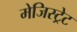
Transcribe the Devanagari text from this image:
मेजिस्ट्रेट